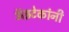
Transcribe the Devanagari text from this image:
अॅझ्टेकांनी